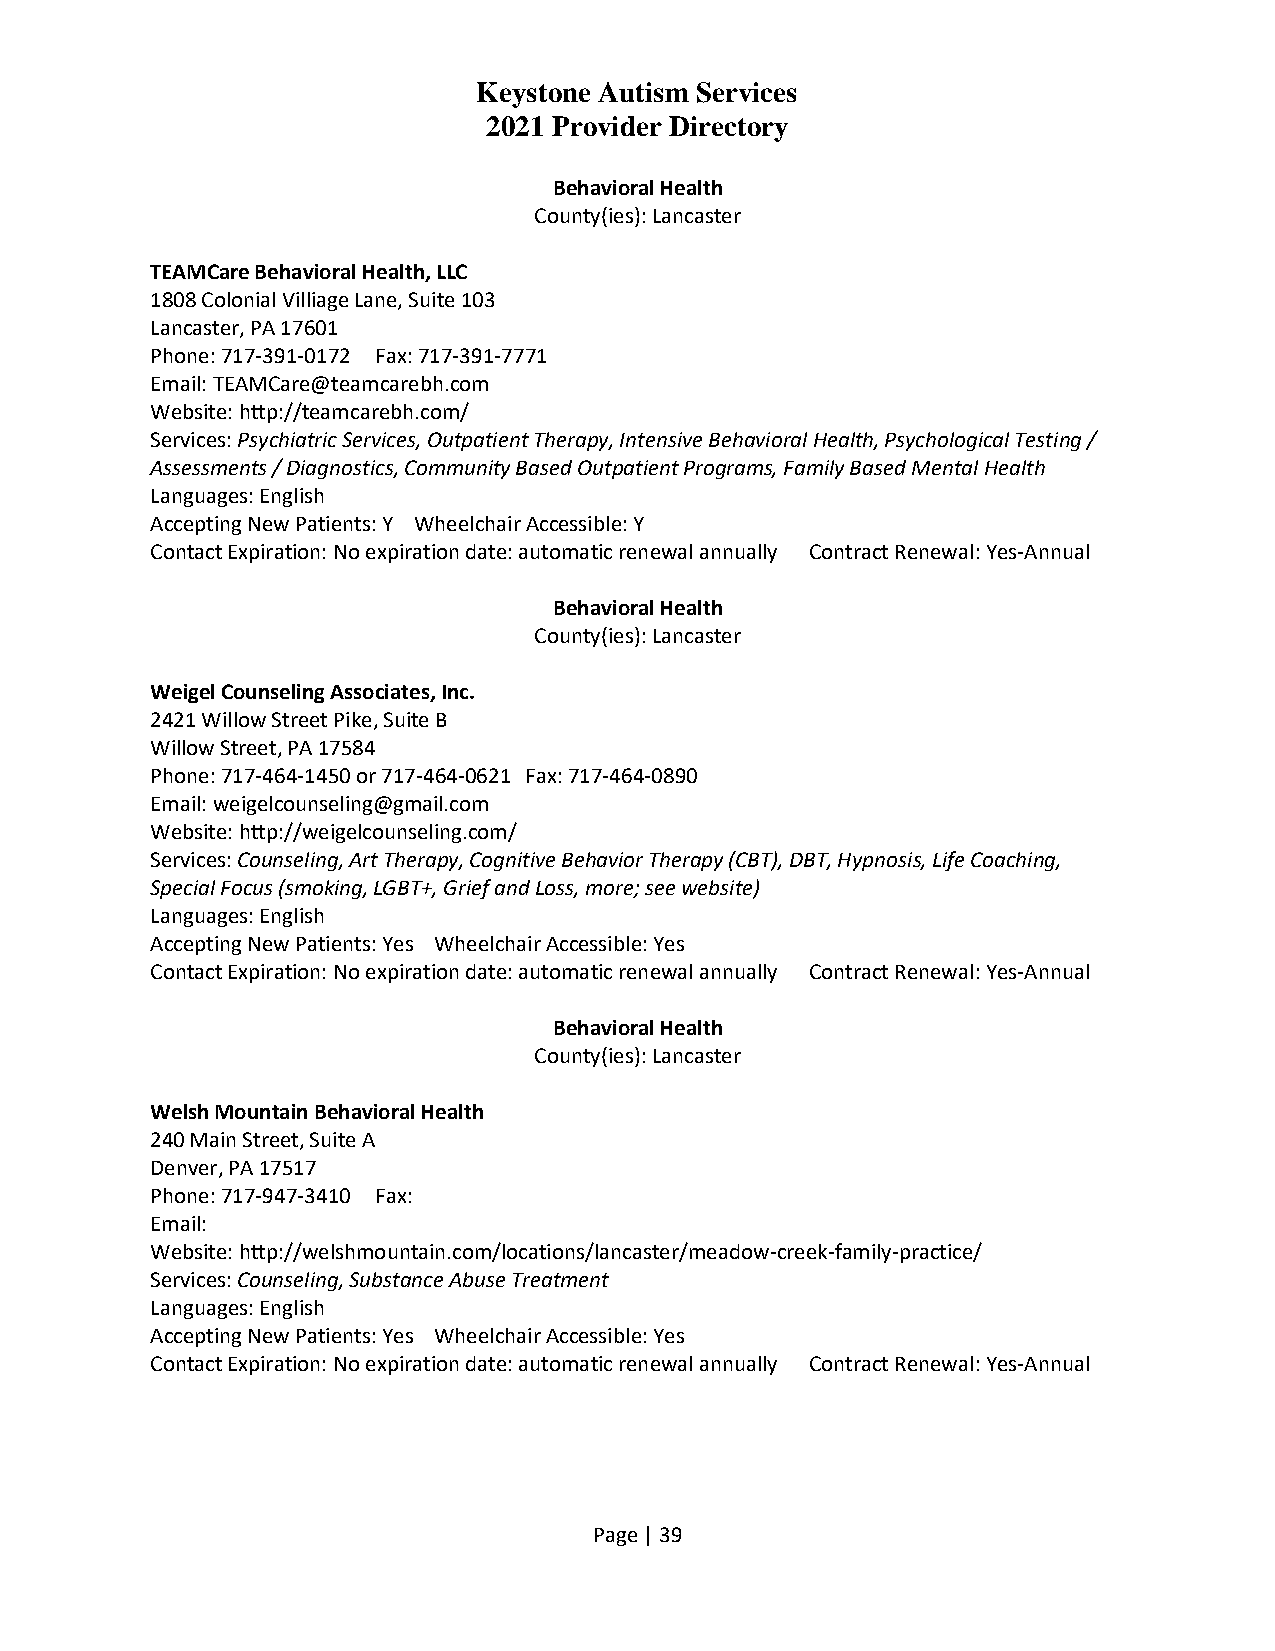
Keystone Autism Services
 2021 Provider Directory
 Behavioral Health
 County(ies): Lancaster
 TEAMCare Behavioral Health, LLC
 1808 Colonial Villiage Lane, Suite 103
 Lancaster, PA 17601
 Phone: 717-391-0172 Fax: 717-391-7771
 Email: TEAMCare@teamcarebh.com
 Website: http://teamcarebh.com/
 Services: Psychiatric Services, Outpatient Therapy, Intensive Behavioral Health, Psychological Testing /
 Assessments / Diagnostics, Community Based Outpatient Programs, Family Based Mental Health
 Languages: English
 Accepting New Patients: Y Wheelchair Accessible: Y
 Contact Expiration: No expiration date: automatic renewal annually Contract Renewal: Yes-Annual
 Behavioral Health
 County(ies): Lancaster
 Weigel Counseling Associates, Inc.
 2421 Willow Street Pike, Suite B
 Willow Street, PA 17584
 Phone: 717-464-1450 or 717-464-0621 Fax: 717-464-0890
 Email: weigelcounseling@gmail.com
 Website: http://weigelcounseling.com/
 Services: Counseling, Art Therapy, Cognitive Behavior Therapy (CBT), DBT, Hypnosis, Life Coaching,
 Special Focus (smoking, LGBT+, Grief and Loss, more; see website)
 Languages: English
 Accepting New Patients: Yes Wheelchair Accessible: Yes
 Contact Expiration: No expiration date: automatic renewal annually Contract Renewal: Yes-Annual
 Behavioral Health
 County(ies): Lancaster
 Welsh Mountain Behavioral Health
 240 Main Street, Suite A
 Denver, PA 17517
 Phone: 717-947-3410 Fax:
 Email:
 Website: http://welshmountain.com/locations/lancaster/meadow-creek-family-practice/
 Services: Counseling, Substance Abuse Treatment
 Languages: English
 Accepting New Patients: Yes Wheelchair Accessible: Yes
 Contact Expiration: No expiration date: automatic renewal annually Contract Renewal: Yes-Annual
 Page | 39